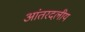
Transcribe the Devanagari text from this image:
आंतरदलीय